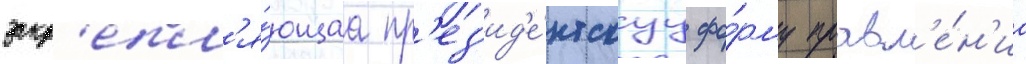
закр'епл'я́ющаа пр'ез'ид'е́нтскуу фо́рму правл'е́н'иа